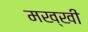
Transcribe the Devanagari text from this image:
मख्खी